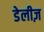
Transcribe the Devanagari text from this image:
डेलीज़